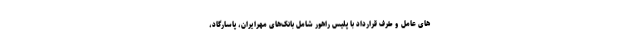
های عامل و طرف قرارداد با پلیس راهور شامل بانک‌های مهرایران، پاسارگاد،